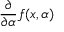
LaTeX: { \frac { \partial } { \partial \alpha } } f ( x , \alpha )